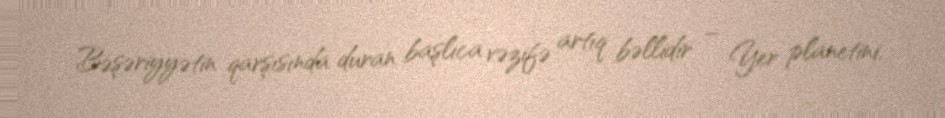
Bəşəriyyətin qarşısında duran başlıca vəzifə artıq bəllidir – Yer planetini,